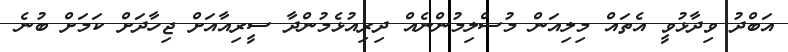
އަބްދު ވިދާޅުވީ އެތައް މިލިއަން މުސްލިމުންނެއް ދިރިއުޅެމުންދާ ސީރިއާއަށް ޖިހާދަށް ކަމަށް ބުނެ